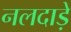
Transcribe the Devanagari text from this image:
नलदाड़े